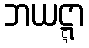
ဘယဋ္ဋာ